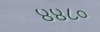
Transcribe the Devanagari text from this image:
४४८०